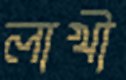
লাখী